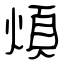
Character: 煩